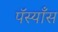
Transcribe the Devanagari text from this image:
पॅस्याँस